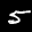
Label: 5